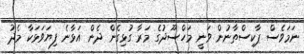
ނަމަވެސް ޕާކިސްތާނުން ވަނީ މަހްސޫދުގެ މަރާ ގުޅިގެން ދެން އަޅާނެ ފިޔަވަޅަކާ މެދު